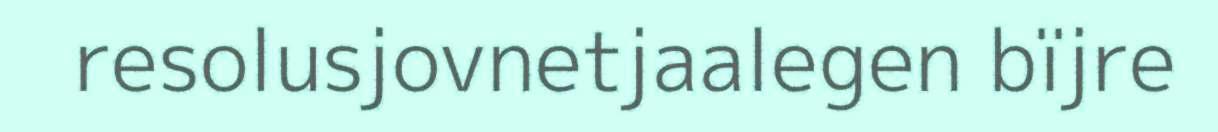
resolusjovnetjaalegen bïjre